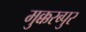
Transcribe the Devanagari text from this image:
मुक्करब्पुर